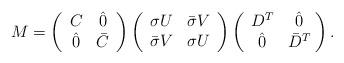
LaTeX: \begin{align*}{M} = \left( \begin{array}{cc} C & \hat 0 \\ \hat 0 & \bar C \end{array} \right)\left( \begin{array}{cc} \sigma U & \bar \sigma V\\ \bar \sigma V & \sigma U \end{array} \right)\left( \begin{array}{cc} D^T &\hat 0 \\\hat 0 & \bar D^T \end{array} \! \right).\end{align*}